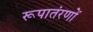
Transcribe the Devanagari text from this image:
रूपातंरणों